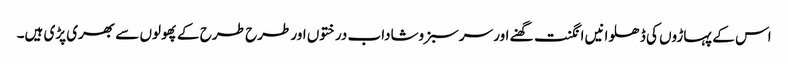
اس کے پہاڑوں کی ڈھلوانیں انگنت گھنے اور سرسبزوشاداب درختوں اور طرح طرح کے پھولوں سے بھری پڑی ہیں۔